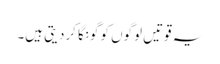
یہ قوتیں لوگوں کو گونگا کردیتی ہیں۔